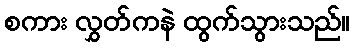
စကား လွှတ်ကနဲ ထွက်သွားသည်။